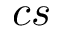
c s